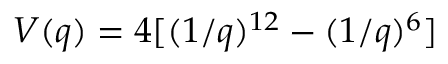
V ( q ) = 4 [ ( 1 / q ) ^ { 1 2 } - ( 1 / q ) ^ { 6 } ]